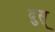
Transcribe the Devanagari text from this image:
दुस्‌